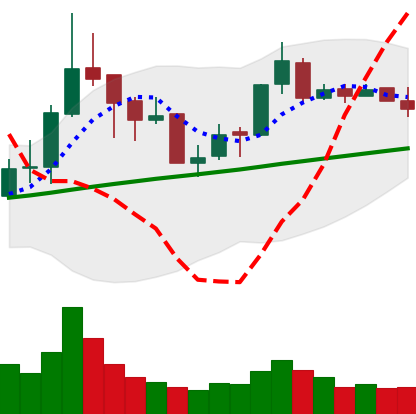
Ticker: BNB-USD
Chart end date: 2018-04-09
Forward return: 11.595%
Label: up_7plus